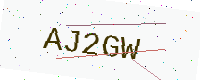
Text: AJ2GW